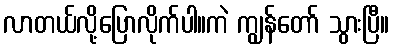
လာတယ်လို့ပြောလိုက်ပါ။ကဲ ကျွန်တော် သွားပြီ။